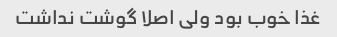
غذا خوب بود ولی اصلا گوشت نداشت